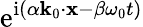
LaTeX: \mathrm{e}^{\mathrm{i}(\alpha\mathbf{k}_{0}\cdot\mathbf{x}-\beta\omega_{0}t)}